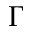
\boldsymbol { \Gamma }